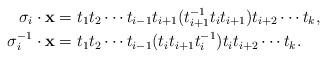
LaTeX: \begin{align*}\sigma_{i}\cdot\mathbf{x} & = t_{1}t_{2}\cdots t_{i-1}t_{i+1}(t_{i+1}^{-1}t_{i}t_{i+1})t_{i+2}\cdots t_{k},\\\sigma_{i}^{-1}\cdot\mathbf{x} & = t_{1}t_{2}\cdots t_{i-1}(t_{i}t_{i+1}t_{i}^{-1})t_{i}t_{i+2}\cdots t_{k}.\end{align*}